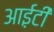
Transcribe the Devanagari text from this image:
आई़़टी